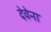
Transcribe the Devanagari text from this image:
देवेना